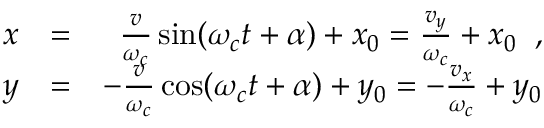
\begin{array} { r l r } { x } & { = } & { \frac { v } { \omega _ { c } } \sin ( \omega _ { c } t + \alpha ) + x _ { 0 } = \frac { v _ { y } } { \omega _ { c } } + x _ { 0 } \; \; , } \\ { y } & { = } & { - \frac { v } { \omega _ { c } } \cos ( \omega _ { c } t + \alpha ) + y _ { 0 } = - \frac { v _ { x } } { \omega _ { c } } + y _ { 0 } } \end{array}